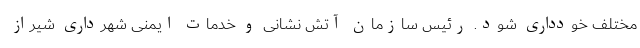
مختلف خودداری شود. رئیس سازمان آتش نشانی و خدمات ایمنی شهرداری شیراز